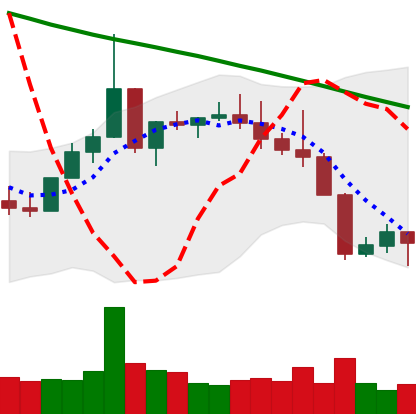
Ticker: XLM-USD
Chart end date: 2022-08-22
Forward return: -3.672%
Label: down_3_5